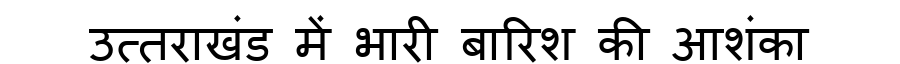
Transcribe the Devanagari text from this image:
उत्तराखंड में भारी बारिश की आशंका